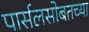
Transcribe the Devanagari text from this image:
पार्सलसोबतच्या